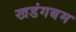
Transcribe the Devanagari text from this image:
खडंगबम